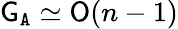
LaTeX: {\mathsf{G}}_{\mathtt{A}}\simeq{\mathsf{O}}(n-1)